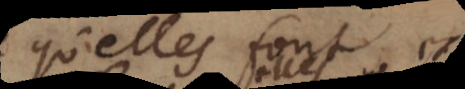
qu’elles font, et